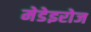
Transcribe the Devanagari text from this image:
मेडेइरोज